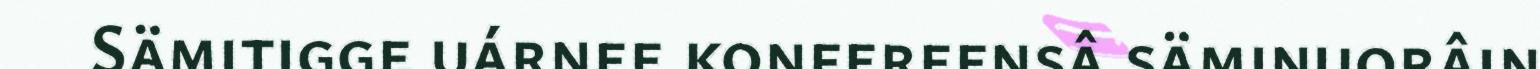
Sämitigge uárnee konfereensâ säminuorâin